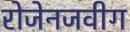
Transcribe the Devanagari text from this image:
रोजेनजवीग